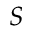
S